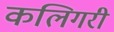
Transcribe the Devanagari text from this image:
कलिगरी